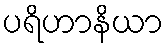
ပရိဟာနိယာ